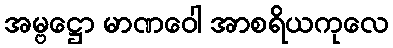
အမ္ဗဋ္ဌော မာဏဝေါ အာစရိယကုလေ